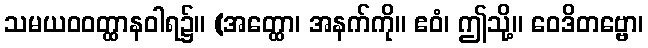
သမယဝဝတ္ထာနဝါရ၌။ (အတ္ထော၊ အနက်ကို။ ဧဝံ၊ ဤသို့။ ဝေဒိတဗ္ဗော၊